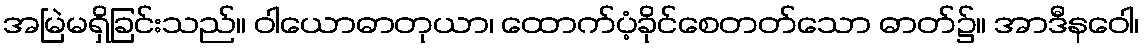
အမြဲမရှိခြင်းသည်။ ဝါယောဓာတုယာ၊ ထောက်ပံ့ခိုင်စေတတ်သော ဓာတ်၌။ အာဒီနဝေါ၊